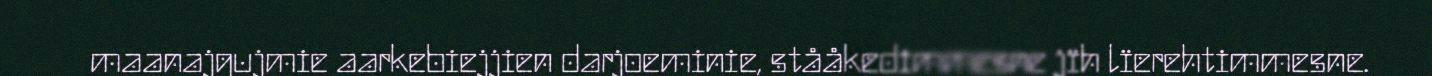
maanajgujmie aarkebiejjien darjoeminie, stååkedimmesne jïh lïerehtimmesne.